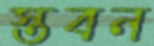
স্তবন